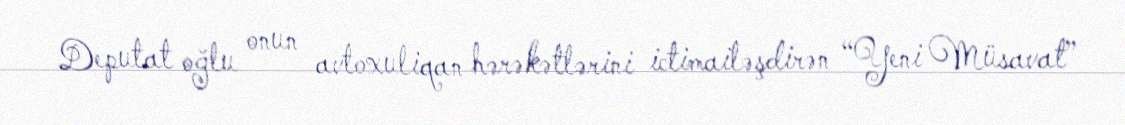
Deputat oğlu onun avtoxuliqan hərəkətlərini ictimailəşdirən “Yeni Müsavat”